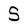
Character: S